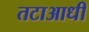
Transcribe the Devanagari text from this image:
तटाआधी